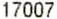
17007